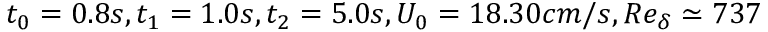
t _ { 0 } = 0 . 8 s , t _ { 1 } = 1 . 0 s , t _ { 2 } = 5 . 0 s , U _ { 0 } = 1 8 . 3 0 c m / s , R e _ { \delta } \simeq 7 3 7